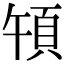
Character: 𩑤